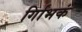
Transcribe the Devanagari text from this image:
र्गािभकं